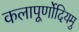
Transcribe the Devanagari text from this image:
कलापूर्णोदियमु